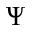
\Psi